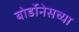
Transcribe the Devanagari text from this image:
बोर्डोनेसच्या